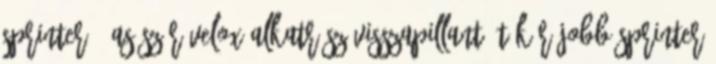
Sprinter 8-as szár Velox alkatrész visszapillantó tükör jobb Sprinter